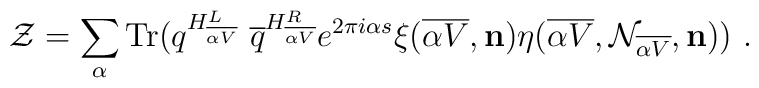
{\cal Z}= \sum_{\alpha} \mbox{Tr} ( q^{H^L_{\overline {\alpha V}}}  ~{\overline q}^{H^R_{\overline {\alpha V}}}  e^{2\pi i \alpha s} \xi ({\overline {\alpha V}}, {\bf n}) \eta({\overline {\alpha V}}, {\cal N}_{\overline {\alpha V}}, {\bf n}) )~.